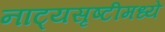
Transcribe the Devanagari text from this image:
नाट्यसृष्टीमध्ये